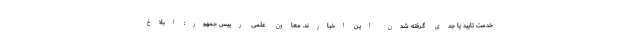
خدمت تایید یا جدی گرفته شدن این اخبارند. معاون علمی رییس جمهور: ابلاغ